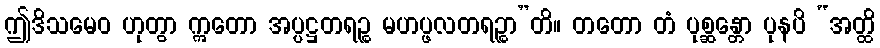
ဤဒိသမေဝ ဟုတွာ ဣတော အပ္ပဋ္ဌတရဉ္စ မဟပ္ဖလတရဉ္စာ”တိ။ တတော တံ ပုစ္ဆန္တော ပုနပိ “အတ္ထိ